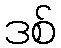
ဒစ်